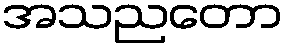
အသညတော